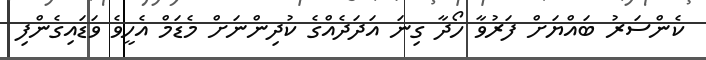
ކެންސަރު ބައްޔަށް ފަރުވާ ހޯދާ ގިނަ އަދަދެއްގެ ކުދިންނަށް މެޑަމް އެހީވެ ވަޑައިގެންފި